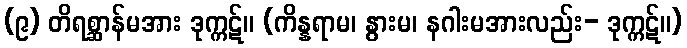
(၉) တိရစ္ဆာန်မအား ဒုက္ကဋ်။ (ကိန္နရာမ၊ နွားမ၊ နဂါးမအားလည်း- ဒုက္ကဋ်။)